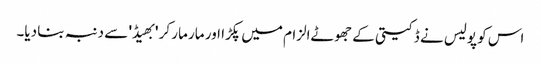
اس کو پولیس نے ڈکیتی کے جھوٹےالزام میں پکڑا اور مار مار کر 'بھیڈ' سے دنبہ بنا دیا۔